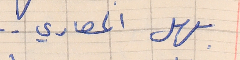
بهل المصاري  . .